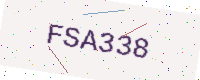
Text: FSA338